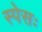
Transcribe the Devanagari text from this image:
स्पेसः